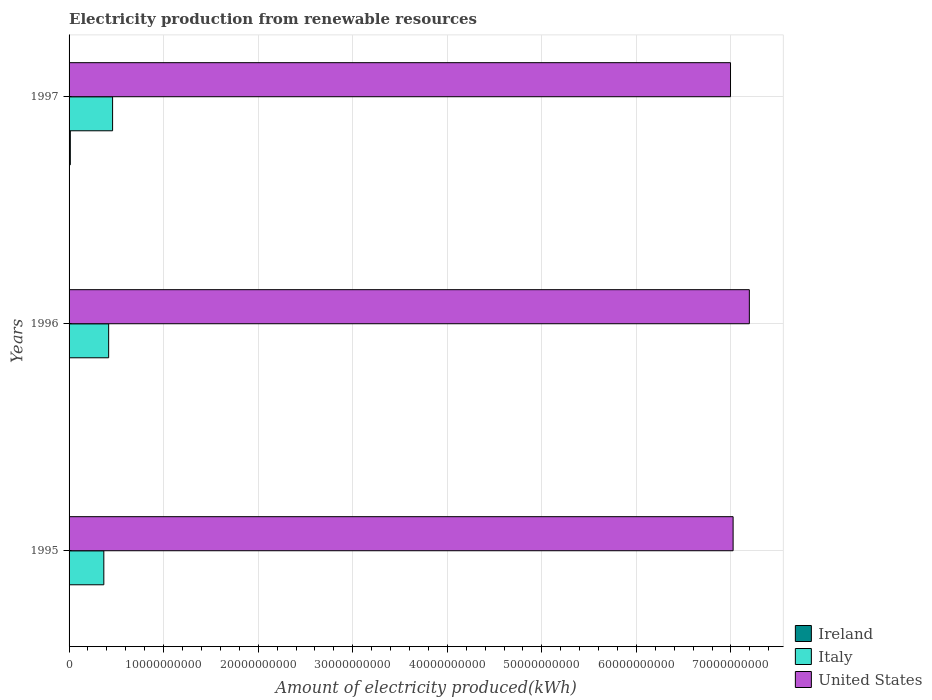
| Years | Ireland | Italy | United States |
 | --- | --- | --- | --- |
 | 1995 | 1.6e+07 | 3.68e+09 | 7.02e+10 |
 | 1996 | 4.1e+07 | 4.19e+09 | 7.19e+10 |
 | 1997 | 1.31e+08 | 4.6e+09 | 7e+10 |